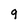
Character: 9